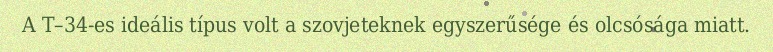
A T–34-es ideális típus volt a szovjeteknek egyszerűsége és olcsósága miatt.